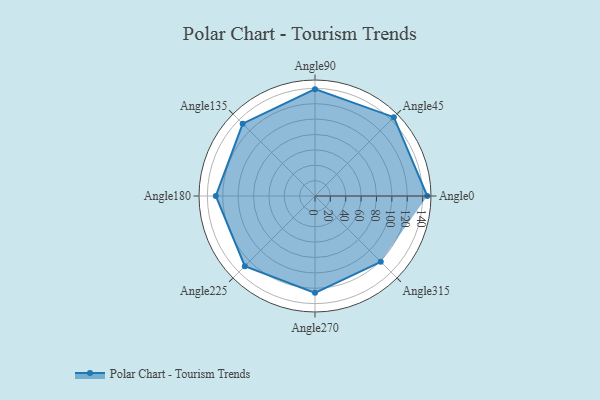
{"axis": {"x": "Angle", "y": "Radius"}, "legend": [""], "data": [{"x": "Angle0", "y": 146.0, "type": ""}, {"x": "Angle45", "y": 145.0, "type": ""}, {"x": "Angle90", "y": 139.0, "type": ""}, {"x": "Angle135", "y": 133.0, "type": ""}, {"x": "Angle180", "y": 129.0, "type": ""}, {"x": "Angle225", "y": 129.0, "type": ""}, {"x": "Angle270", "y": 126.0, "type": ""}, {"x": "Angle315", "y": 121.0, "type": ""}]}